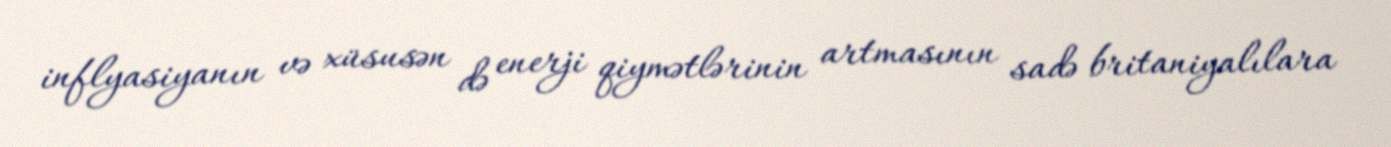
inflyasiyanın və xüsusən də enerji qiymətlərinin artmasının sadə britaniyalılara